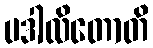
ပဒါလိတောတိ